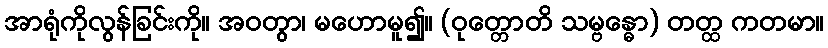
အာရုံကိုလွန်ခြင်းကို။ အဝတွာ၊ မဟောမူ၍။ (ဝုတ္တောတိ သမ္ဗန္ဓော) တတ္ထ ကတမာ။